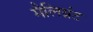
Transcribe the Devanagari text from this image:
मैलिग्नंट